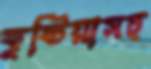
কুষ্টিয়াসহ